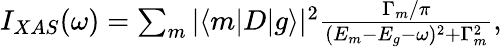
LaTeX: \begin{array}{r}{I_{XAS}(\omega)=\sum_{m}|\langle m|D|g\rangle|^{2}\frac{\Gamma_{m}/\pi}{(E_{m}-E_{g}-\omega)^{2}+\Gamma_{m}^{2}},}\end{array}